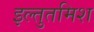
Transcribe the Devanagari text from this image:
इल्‍तुतमिश